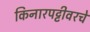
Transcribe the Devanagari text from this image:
किनारपट्टीवरचे